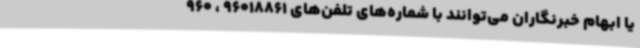
یا ابهام خبرنگاران می‌توانند با شماره‌های تلفن‌های 96018861 ، 960